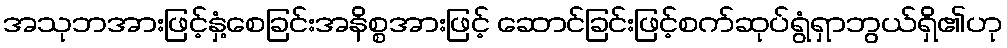
အသုဘအားဖြင့်နှံ့စေခြင်းအနိစ္စအားဖြင့် ဆောင်ခြင်းဖြင့်စက်ဆုပ်ရွံရှာဘွယ်ရှိ၏ဟု